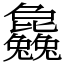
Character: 𣬚